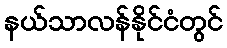
နယ်သာလန်နိုင်ငံတွင်